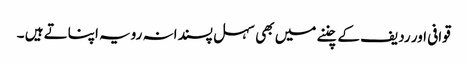
قوافی اور ردیف کے چننے میں بھی سہل پسندانہ رویہ اپناتے ہیں ۔